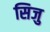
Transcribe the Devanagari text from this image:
सिजु